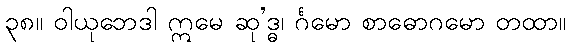
၃၈။ ဝါယုဘေဒါ ဣမေ ဆု’ဒ္ဓ၊ င်္ဂမော စာဓောဂမော တထာ။